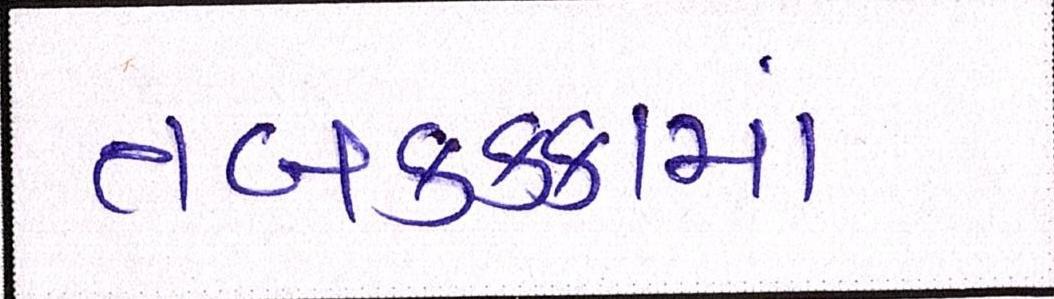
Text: તબકક્કામાં